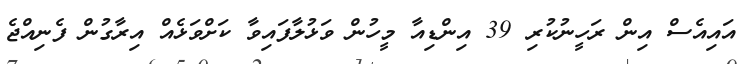
އައިއެސް އިން ރަހީނުކުރި 39 އިންޑިއާ މީހުން ވަޅުލާފައިވާ ކަށްވަޅެއް އިރާގުން ފެނިއްޖެ